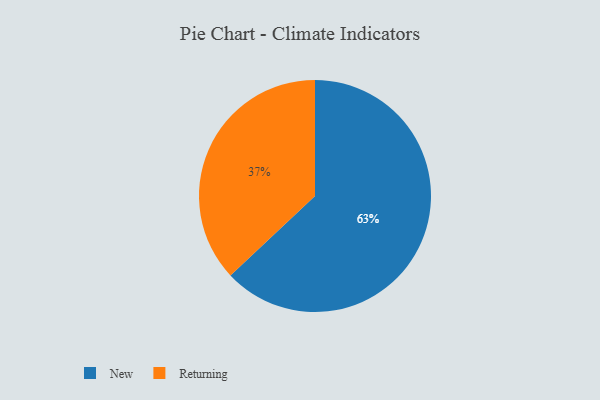
{"axis": {"x": "Category", "y": "Percentage"}, "legend": ["New", "Returning"], "data": [{"x": "New", "y": 63, "type": "New"}, {"x": "Returning", "y": 37, "type": "Returning"}]}